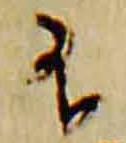
不